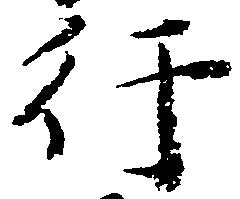
行